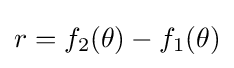
r=f_{2}(\theta )-f_{1}(\theta )